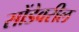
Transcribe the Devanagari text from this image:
सोंडेवरील